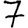
Digit: 7